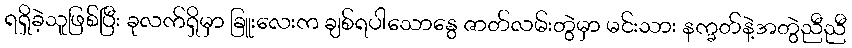
ရရှိခဲ့သူဖြစ်ပြီး ခုလက်ရှိမှာ ခြူးလေးက ချစ်ရပါသောနွေ ဇာတ်လမ်းတွဲမှာ မင်းသား နက္ခတ်နဲ့အတွဲညီညီ